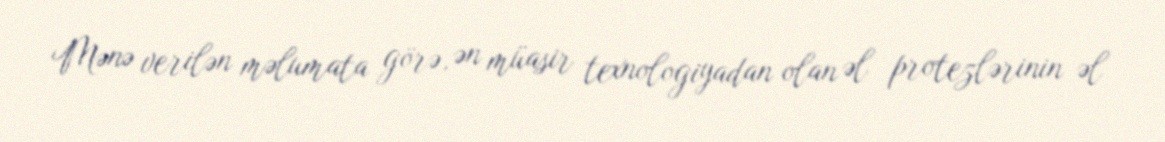
Mənə verilən məlumata görə, ən müasir texnologiyadan olan əl protezlərinin əl